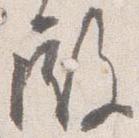
殿